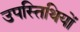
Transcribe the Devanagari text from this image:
उपस्तिथियों